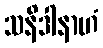
သနိဒါနာဟံ